Civil Veterinary Department. Central Provinces & Berar 1925-31 - 1925-1931
Year: 1925
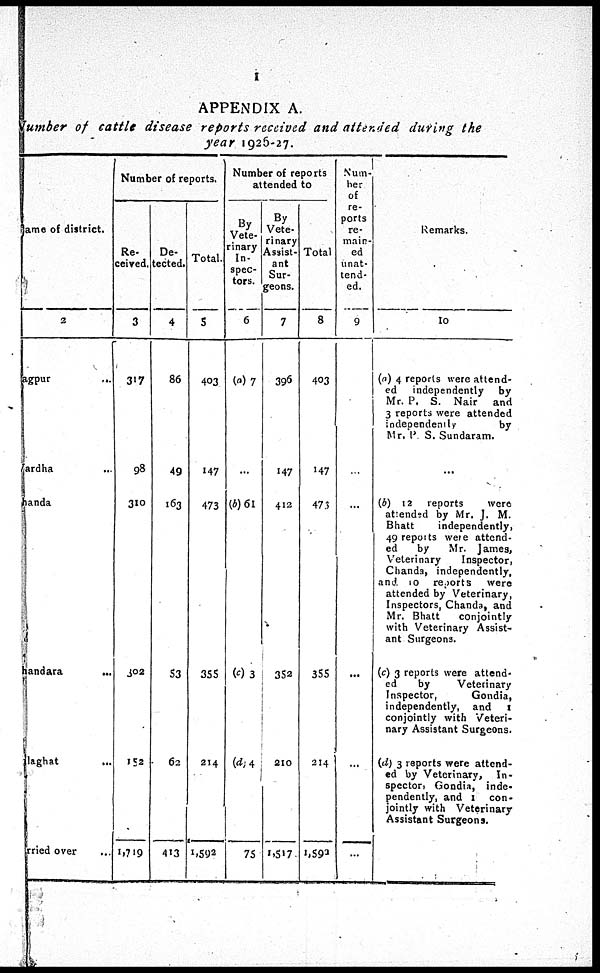
1
APPENDIX A.
Number of cattle disease reports received and attended during the
year 1926-27.
Name of district.
2
Nagpur
...
Wardha ...
handa
handara ...
Balaghat
Carried over ...
Number of reports.
Re-
ceived.
3
317
98
310
302
152
1,719
De-
tected.
4
86
49
163
53
62
413
Total.
5
403
147
473
355
214
1,592
Number of reports
attended to
By
Vete-
rinary
In-
spec-
tors.
6
(a) 7
...
(b) 61
(c) 3
(d) 4
75
By
Vete-
rinary
Assist-
ant
Sur-
geons.
7
396
147
412
352
210
1,517
Total
8
403
147
473
355
214
1,593
Num-
ber
of
re-
ports
re-
main-
ed
unat-
tend-
ed.
9
...
...
...
...
...
Remarks.
10
(a) 4 reports were attend-
ed independently by
Mr. P. S. Nair
and
3 reports were attended
independently
by
Mr. P. S. Sundaram.
...
(b) 12 reports
were
attended by Mr. J. M.
Bhatt
independently,
49 reports were attend-
ed
by
Mr. James,
Veterinary
Inspector,
Chanda, independently,
and 10 reports
were
attended by Veterinary,
Inspectors, Chanda, and
Mr. Bhatt
conjointly
with Veterinary Assist-
ant Surgeons.
(c) 3 reports were attend-
ed
by
Veterinary
Inspector,
Gondia,
independently, and I
conjointly with Veteri-
nary Assistant Surgeons.
(d) 3 reports were attend-
ed by Veterinary, In-
spector, Gondia, inde-
pendently, and 1 con-
jointly with Veterinary
Assistant Surgeons.